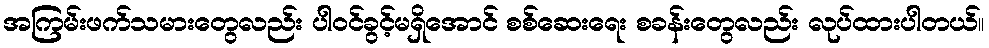
အကြမ်းဖက်သမားတွေလည်း ပါဝင်ခွင့်မရှိအောင် စစ်ဆေးရေး စခန်းတွေလည်း လုပ်ထားပါတယ်။